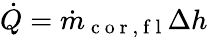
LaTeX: \dot{Q}=\dot{m}_{\mathrm{~c~o~r~,~f~l~}}\Delta h